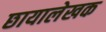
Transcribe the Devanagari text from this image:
छायालेखक